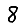
Digit: 8